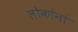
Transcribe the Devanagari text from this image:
लोकांनां